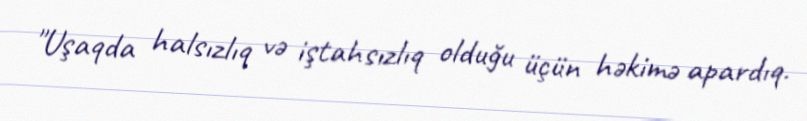
"Uşaqda halsızlıq və iştahsızlıq olduğu üçün həkimə apardıq.